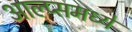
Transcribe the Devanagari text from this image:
आल्प्समध्ये